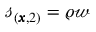
\mathscr { s } _ { ( \pmb { x } , 2 ) } = \varrho \mathscr { w }